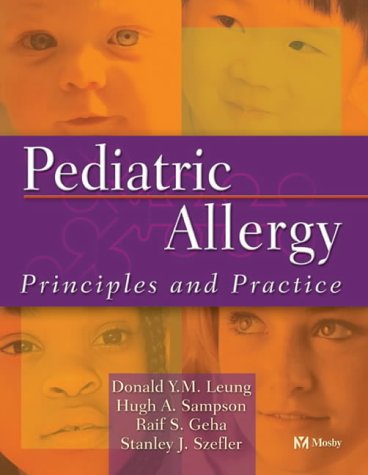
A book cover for Pediatric Allergy: Principles and Practice, 1e (Leung, Pediatric Allergy); Donald Y. M. Leung; Health, Fitness & Dieting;